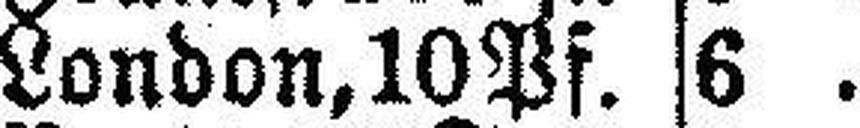
London, 10 Pf. 6